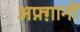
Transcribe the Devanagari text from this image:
अफ़्ग़ानों